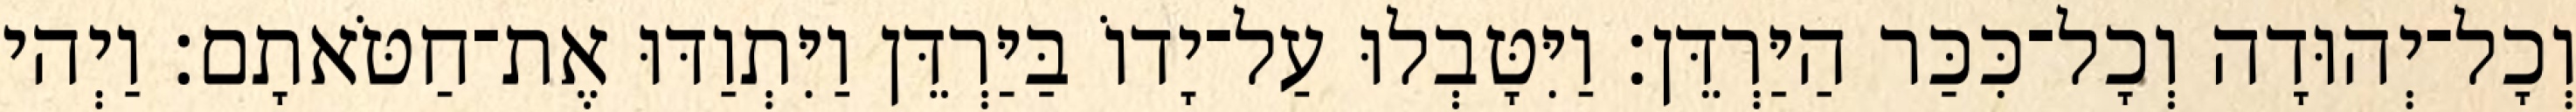
וְכָל־יְהוּדָה וְכָל־כִּכַּר הַיַּרְדֵּן׃ וַיִּטָּבְלוּ עַל־יָדוֹ בַּיַּרְדֵּן וַיִּתְוַדּוּ אֶת־חַטֹּאתָם׃ וַיְהי